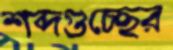
শব্দগুচ্ছের